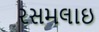
રસમલાઇ